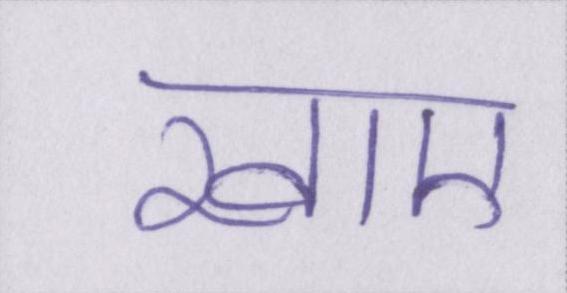
खाए